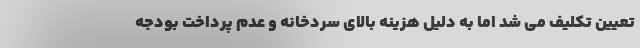
تعیین تکلیف می‌ شد اما به دلیل هزینه بالای سردخانه و عدم پرداخت بودجه